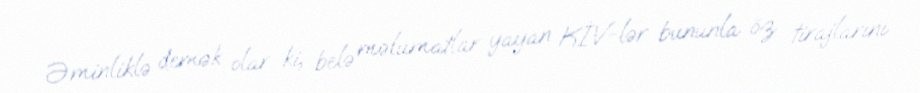
Əminliklə demək olar ki, belə məlumatlar yayan KİV-lər bununla öz tirajlarını